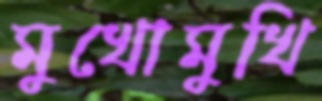
মুখোমুখি